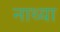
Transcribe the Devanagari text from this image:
नाथ्या